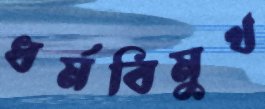
ধর্মবিমুখ